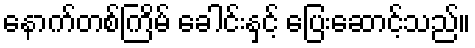
နောက်တစ်ကြိမ် ခေါင်းနှင့် ပြေးဆောင့်သည်။